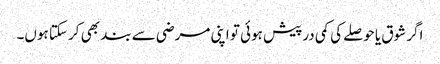
اگر شوق یا حوصلے کی کمی درپیش ہوئی تو اپنی مرضی سے بند بھی کر سکتا ہوں۔